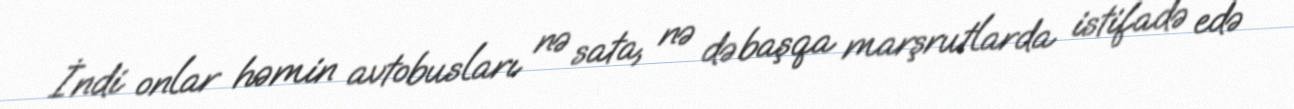
İndi onlar həmin avtobusları nə sata, nə də başqa marşrutlarda istifadə edə